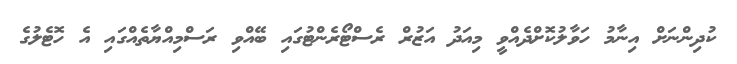
ކުދިންނަށް އިނާމު ހަވާލުކޮށްދެއްވީ މިއަދު އަޒުރް ރެސްޓޯރެންޓުގައި ބޭއްވި ރަސްމިއްޔާތެއްގައި އެ ހޮޓެލުގެ